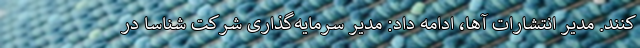
کنند. مدیر انتشارات آها، ادامه داد: مدیر سرمایه‌گذاری شرکت شناسا در